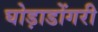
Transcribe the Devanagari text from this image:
घोड़ाडोंगरी